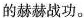
的赫赫战功。